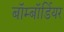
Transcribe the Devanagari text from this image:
बॉम्बॉर्डियर